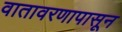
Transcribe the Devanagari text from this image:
वातावरणापासून